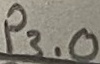
Text: P3.0